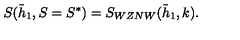
S ( \tilde { h } _ { 1 } , S = S ^ { * } ) = S _ { W Z N W } ( \tilde { h } _ { 1 } , k ) .